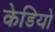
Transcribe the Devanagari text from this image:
केडियो